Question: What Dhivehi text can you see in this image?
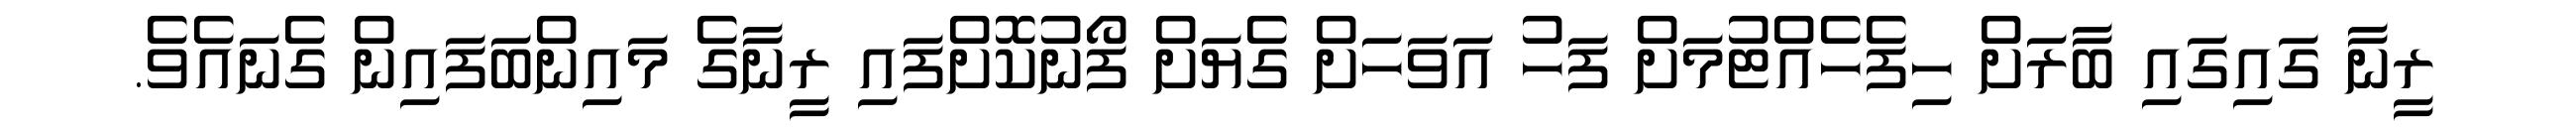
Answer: ރީނާ ގައިގައި ބާރަށް ހިފެހެއްޓުމަށް ފަހު އަވަހަށް ގެޔަށް ފޯނުކޮށްފައި ރީނާގެ މައިންބަފައިން ގެނައެވެ.